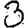
Digit: 3